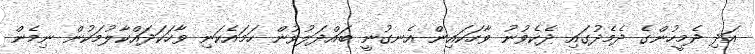
އަދި ދެމީހުންގެ ދެމެދުގައި ދެކެވުނު ވާހަކައިން އެނގުނީ ބައްދަލުވުން ހަމައެކަނި ވާހަކަދައްކާލުމަކުން ނިމެން